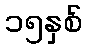
၁၅နှစ်